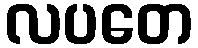
လပတေ